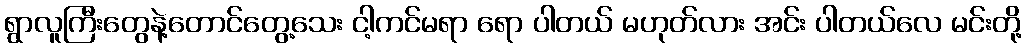
ရွာလူကြီးတွေနဲ့တောင်တွေ့သေး ငါ့ကင်မရာ ရော ပါတယ် မဟုတ်လား အင်း ပါတယ်လေ မင်းတို့